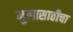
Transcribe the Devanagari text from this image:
मुलासाठीचा